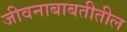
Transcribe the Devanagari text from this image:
जीवनाबाबतीतील